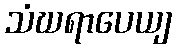
သံဃရာပေယျ